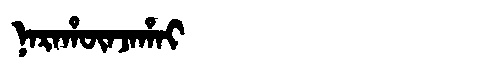
Manchu: ᠨᠠᡵᠠᡥᡡᠨᠵᠠᡥᠠᡳ
Romanization: NARAHŪNJAHAI